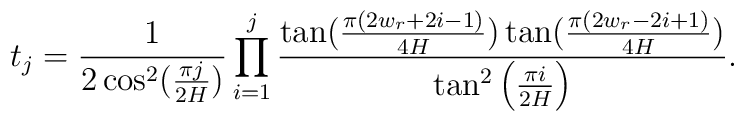
t_{j}=\frac{1}{2\cos ^{2}(\frac{\pi j}{2H})}\prod_{i=1}^{j}\frac{\tan (\frac{\pi (2w_{r}+2i-1)}{4H})\tan (\frac{\pi (2w_{r}-2i+1)}{4H})}{\tan ^{2}\left(\frac{\pi i}{2H}\right) }.